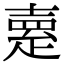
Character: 𤴞